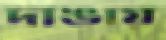
দাঙায়